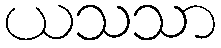
ယသသာ